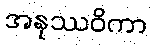
အနုဿဝိကာ